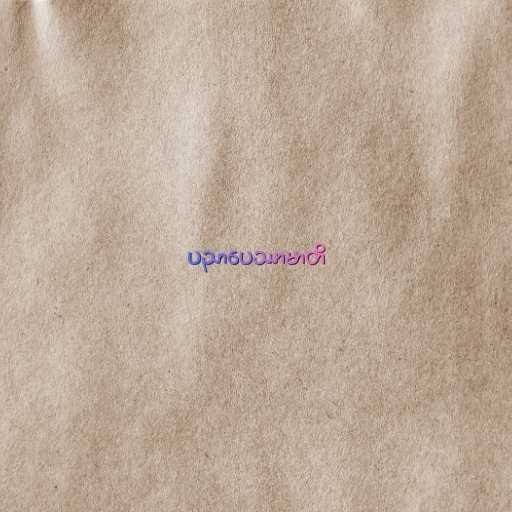
ပညာပေဿာမာတိ